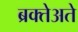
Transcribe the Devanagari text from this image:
ब्रक्तेअते